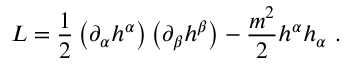
L = \frac { 1 } { 2 } \left( \partial _ { \alpha } h ^ { \alpha } \right) \left( \partial _ { \beta } h ^ { \beta } \right) - \frac { m ^ { 2 } } { 2 } h ^ { \alpha } h _ { \alpha } \ .